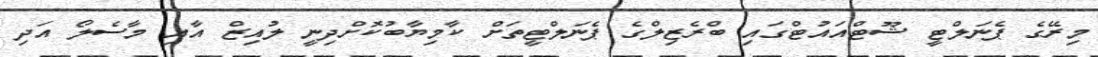
މިރޭގެ ޕެނަލްޓީ ޝޫޓްއައުޓްގައި ބްރެޒިލްގެ ޕެނަލްޓީތަށް ކާމިޔާބުކޮށްދިނީ ލުއިޒް އާއި މާސެލޯ އަދި